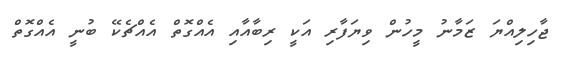
ޖާހިލިއްޔަ ޒަމާނު މީހުން ވިޔަފާރި އަކީ ރިބާއާއި އެއްގޮތް އެއްޗެކޭ ބުނީ އެއްގޮތް